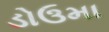
ડોઉમા